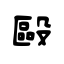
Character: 毆